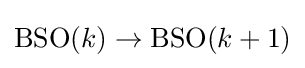
\mathrm {BSO} (k)\to \mathrm {BSO} (k+1)